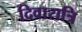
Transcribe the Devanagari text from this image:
दिवारात्रि